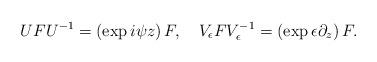
LaTeX: \begin{align*}UFU^{-1}=\left( \exp i\psi z\right) F,\quad V_{\epsilon }FV_{\epsilon}^{-1}=\left( \exp \epsilon \partial _{z}\right) F. \end{align*}